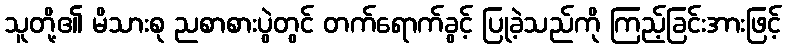
သူတို့၏ မိသားစု ညစာစားပွဲတွင် တက်ရောက်ခွင့် ပြုခဲ့သည်ကို ကြည့်ခြင်းအားဖြင့်